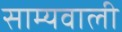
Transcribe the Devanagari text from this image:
साम्यवाली